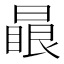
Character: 𣊕